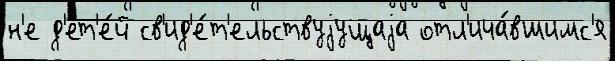
н'е д'ет'е́й св'ид'е́т'ельствуjущаjа отл'ича́вшимс'я